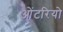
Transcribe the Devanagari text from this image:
ओंटरियो